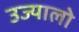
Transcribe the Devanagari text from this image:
उज्यालो